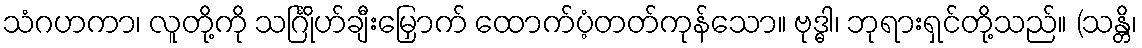
သံဂဟကာ၊ လူတို့ကို သင်္ဂြိုဟ်ချီးမြှောက် ထောက်ပံ့တတ်ကုန်သော။ ဗုဒ္ဓါ၊ ဘုရားရှင်တို့သည်။ (သန္တိ၊